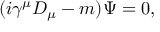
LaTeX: ( i \gamma ^ { \mu } D _ { \mu } - m ) \Psi = 0 ,